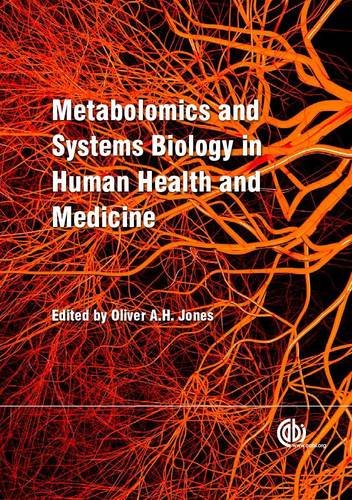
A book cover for Plants as a Source of Natural Antioxidants; Health, Fitness & Dieting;